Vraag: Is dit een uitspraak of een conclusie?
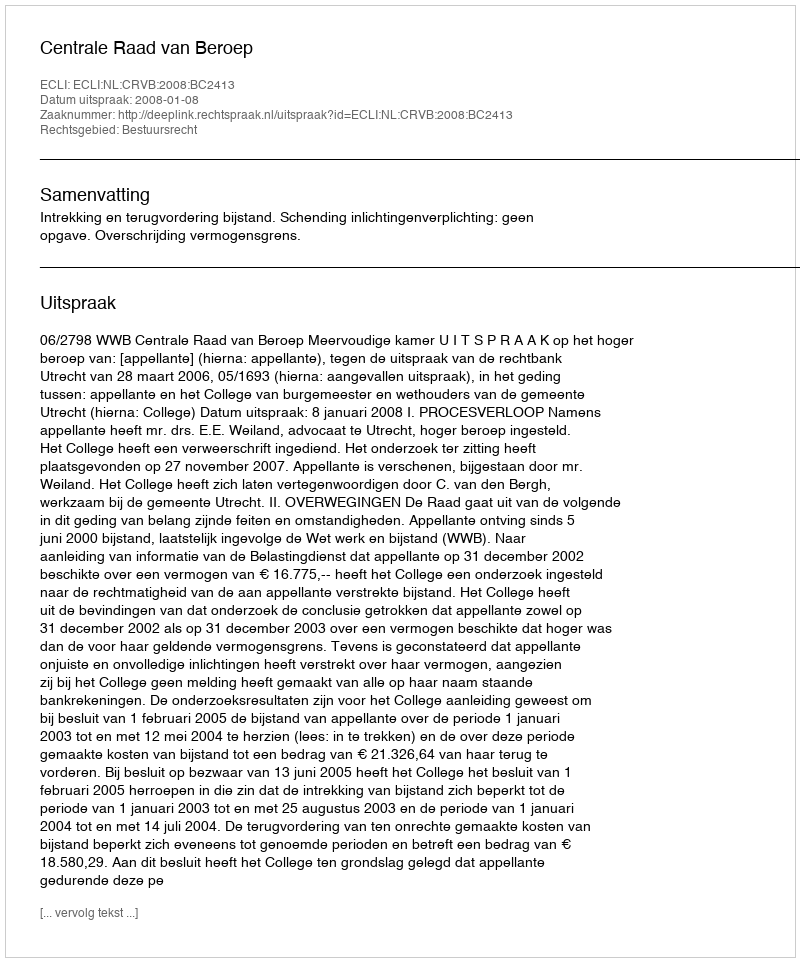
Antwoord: Uitspraak